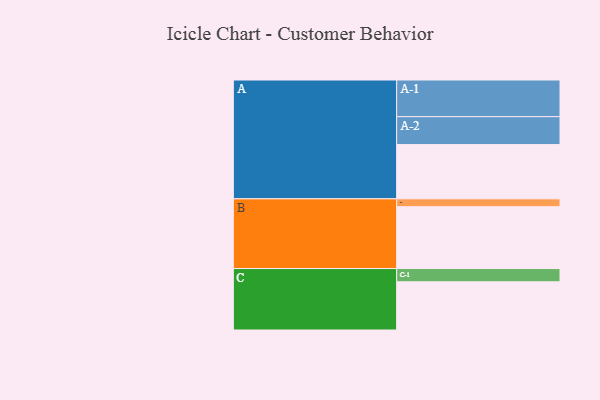
{"axis": {"x": "Segment", "y": "Value"}, "legend": ["", "A", "B", "C"], "data": [{"x": "A", "y": 401, "type": ""}, {"x": "B", "y": 457, "type": ""}, {"x": "C", "y": 356, "type": ""}, {"x": "A-1", "y": 271, "type": "A"}, {"x": "A-2", "y": 206, "type": "A"}, {"x": "B-1", "y": 58, "type": "B"}, {"x": "C-1", "y": 98, "type": "C"}]}